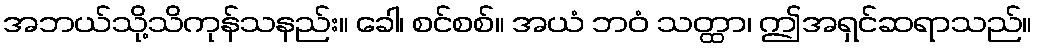
အဘယ်သို့သိကုန်သနည်း။ ခေါ၊ စင်စစ်။ အယံ ဘဝံ သတ္ထာ၊ ဤအရှင်ဆရာသည်။